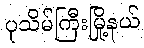
ပုသိမ်ကြီးမြို့နယ်